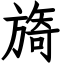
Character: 旖